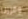
وقررنا